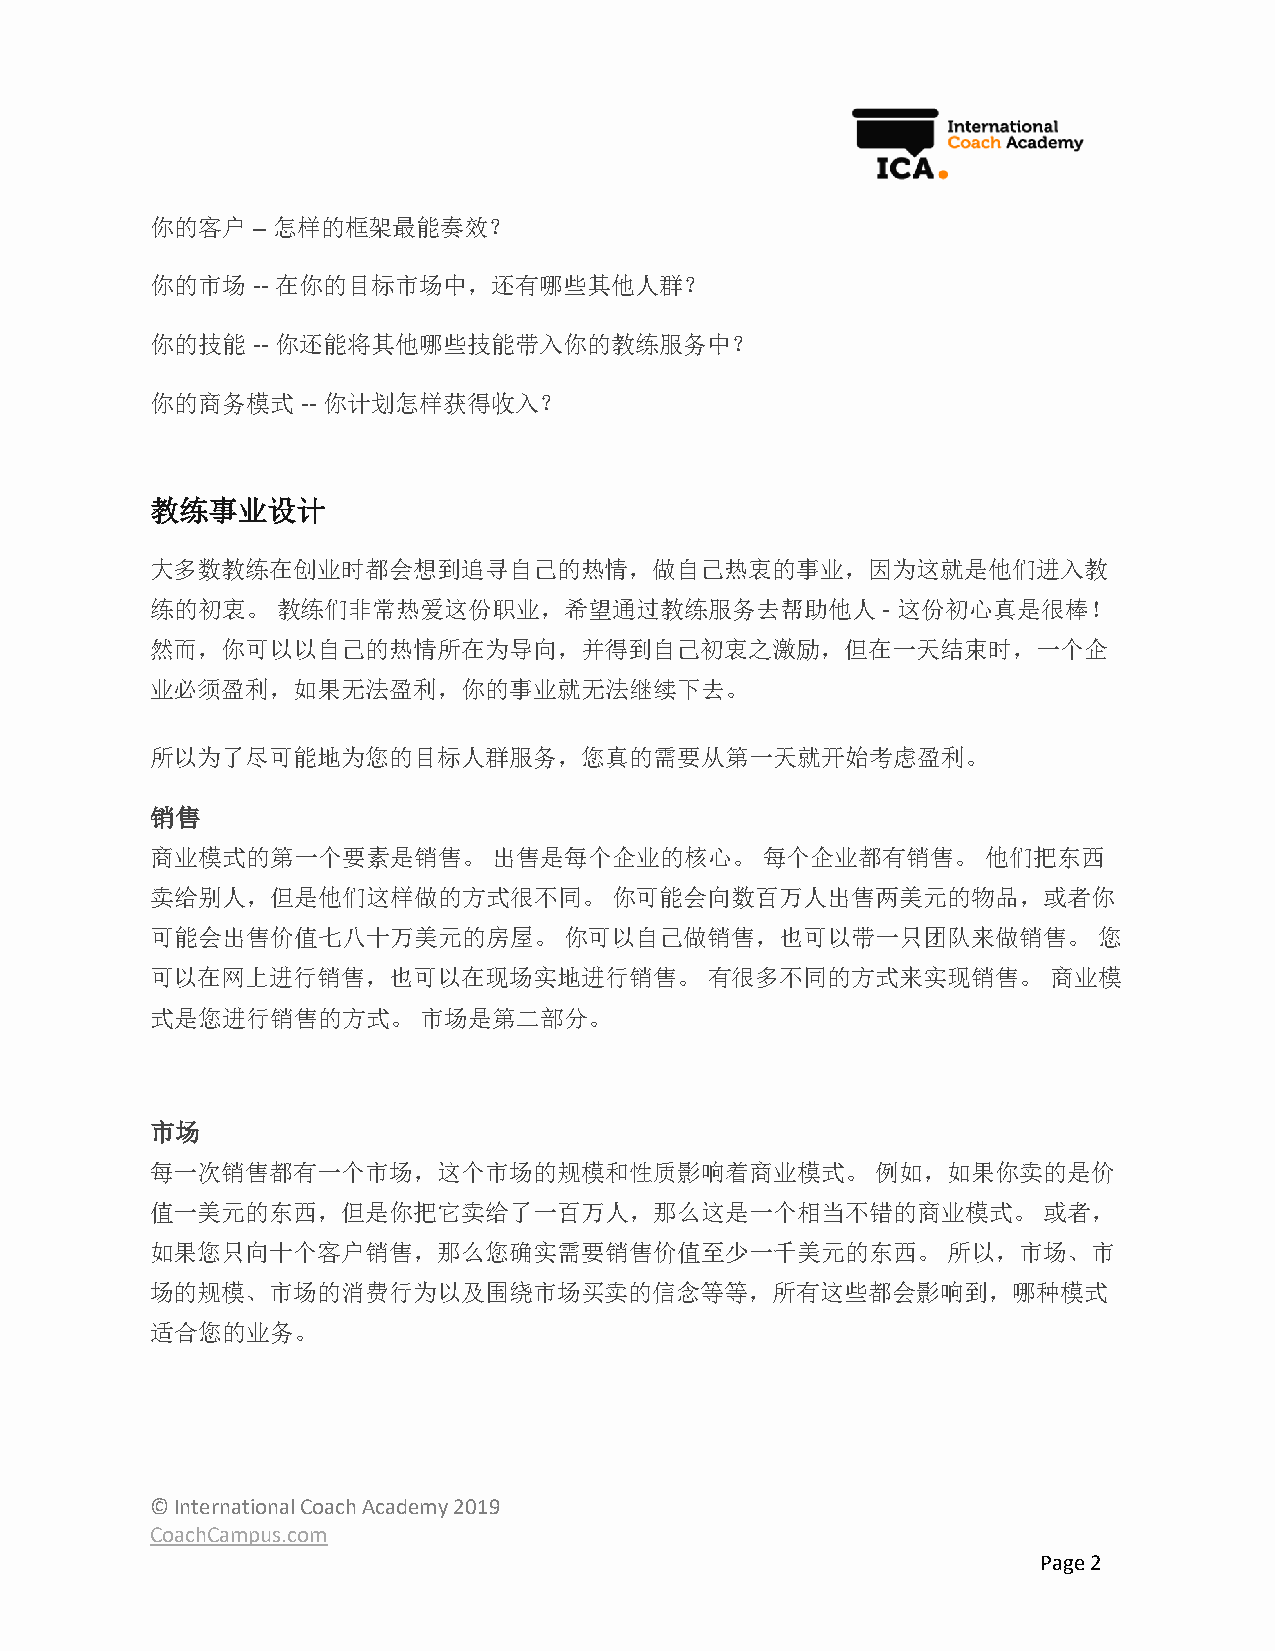
你的客户   – 怎样的框架最能奏效？
 你的市场   -- 在你的目标市场中，还有哪些其他人群？
 你的技能   -- 你还能将其他哪些技能带入你的教练服务中？
 你的商务模式    -- 你计划怎样获得收入？
 教练事业设计
 大多数教练在创业时都会想到追寻自己的热情，做自己热衷的事业，因为这就是他们进入教
 练的初衷。   教练们非常热爱这份职业，希望通过教练服务去帮助他人               - 这份初心真是很棒！
 然而，你可以以自己的热情所在为导向，并得到自己初衷之激励，但在一天结束时，一个企
 业必须盈利，如果无法盈利，你的事业就无法继续下去。
 所以为了尽可能地为您的目标人群服务，您真的需要从第一天就开始考虑盈利。
 销售
 商业模式的第一个要素是销售。         出售是每个企业的核心。      每个企业都有销售。      他们把东西
 卖给别人，但是他们这样做的方式很不同。            你可能会向数百万人出售两美元的物品，或者你
 可能会出售价值七八十万美元的房屋。          你可以自己做销售，也可以带一只团队来做销售。              您
 可以在网上进行销售，也可以在现场实地进行销售。              有很多不同的方式来实现销售。         商业模
 式是您进行销售的方式。       市场是第二部分。
 市场
 每一次销售都有一个市场，这个市场的规模和性质影响着商业模式。                  例如，如果你卖的是价
 值一美元的东西，但是你把它卖给了一百万人，那么这是一个相当不错的商业模式。                      或者，
 如果您只向十个客户销售，那么您确实需要销售价值至少一千美元的东西。                    所以，市场、市
 场的规模、市场的消费行为以及围绕市场买卖的信念等等，所有这些都会影响到，哪种模式
 适合您的业务。
 © International Coach Academy 2019
 CoachCampus.com
 Page 2